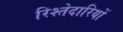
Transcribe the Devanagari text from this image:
रिश्तेदारियों